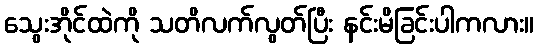
သွေးအိုင်ထဲကို သတိလက်လွတ်ပြီး နင်းမိခြင်းပါကလား။